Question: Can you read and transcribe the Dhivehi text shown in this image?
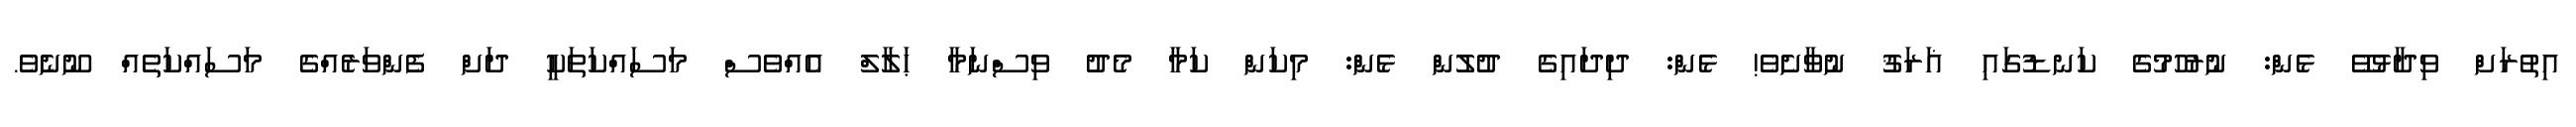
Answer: އިތުރަށް ވިދާޅުވޭ ޅެން: ނުރުހުމުގެ ކަނޑުގައި ޣަރަޤު ނުވާށެވެ! ޅެން: ދިދައިގެ ދުލުން ޅެން: މިކަން ކަމާ މެދު ވިސްނަމާ ޙަލާލް އެއްވެސް މަސައްކަތަކީ ދަށް ފެންވަރެއްގެ މަސައްކަތެއް ނޫނެވެ.